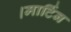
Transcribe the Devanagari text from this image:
।मार्टिन